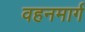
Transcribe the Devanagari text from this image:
वहनमार्ग